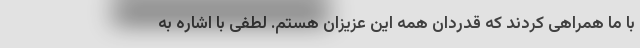
با ما همراهی کردند که قدردان همه این عزیزان هستم. لطفی با اشاره به